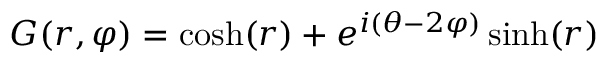
G ( r , \varphi ) = \cosh ( r ) + e ^ { i ( \theta - 2 \varphi ) } \sinh ( r )